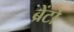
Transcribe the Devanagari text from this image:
ब्रेंटो